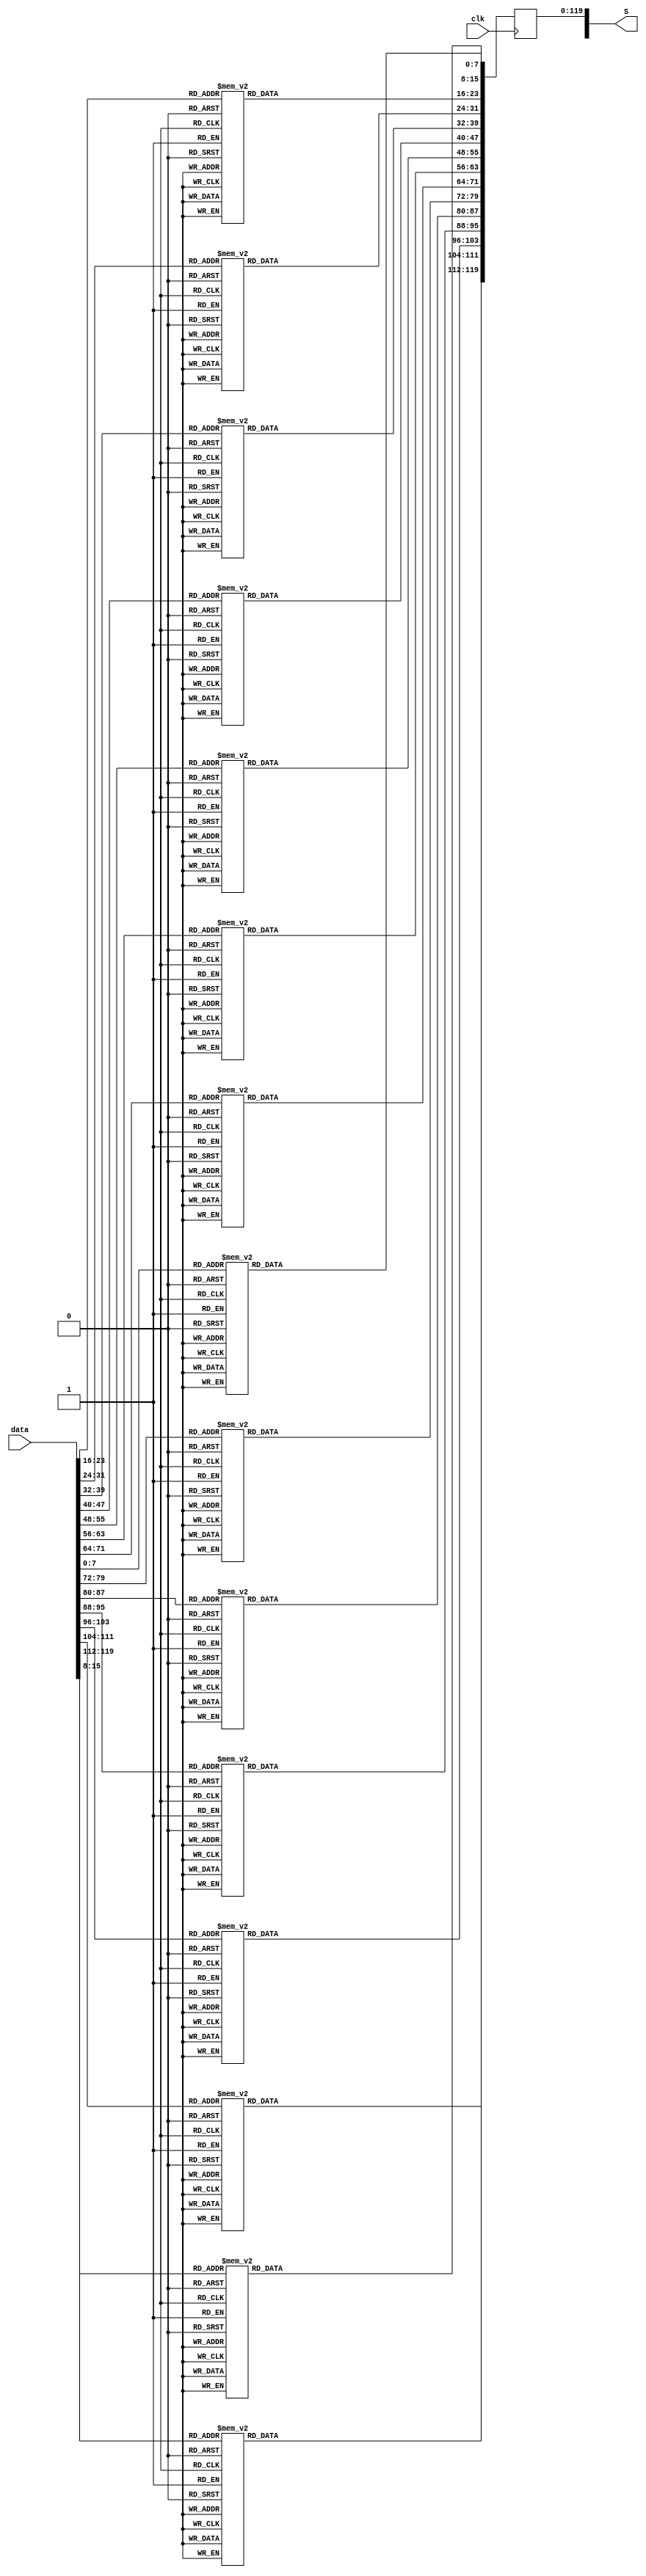
`timescale 1ns / 1ps
//////////////////////////////////////////////////////////////////////////////////
// Company: 
// Engineer: 
// 
// Design Name: 
// Module Name:    Byte_Sub 
// Project Name: 
// Target Devices: 
// Tool versions: 
// Description: 
//
// Dependencies: 
//
// Revision: 
// Revision 0.01 - File Created
// Additional Comments: 
//
//////////////////////////////////////////////////////////////////////////////////
module Byte_Sub( data, S, clk);
	input clk; 
	input [127:0]data;
	output reg [127:0]S;
	integer k;
	 
	always@(posedge clk)
	begin
	for(k = 0; k < 120; k = k+8)
		begin
		case(data[k +: 8])
			8'h00: S[k +: 8] = 8'h63;
			8'h01: S[k +: 8] = 8'h7c;
			8'h02: S[k +: 8] = 8'h77;
         8'h03: S[k +: 8] = 8'h7b;
			8'h04: S[k +: 8] = 8'hf2;
			8'h05: S[k +: 8] = 8'h6b;
			8'h06: S[k +: 8] = 8'h6f;
			8'h07: S[k +: 8] = 8'hc5;
			8'h08: S[k +: 8] = 8'h30;
			8'h09: S[k +: 8] = 8'h01;
			8'h0a: S[k +: 8] = 8'h67;
			8'h0b: S[k +: 8] = 8'h2b;
			8'h0c: S[k +: 8] = 8'hfe;
			8'h0d: S[k +: 8] = 8'hd7;
			8'h0e : S[k +: 8] = 8'hab; 
         8'h0f : S[k +: 8] = 8'h76;
			8'h10 : S[k +: 8] = 8'hca;
			8'h11 : S[k +: 8] = 8'h82;
			8'h12 : S[k +: 8] = 8'hc9;
  8'h13 : S[k +: 8] = 8'h7d;
  8'h14 : S[k +: 8] = 8'hfa;
  8'h15 : S[k +: 8] = 8'h59;
  8'h16 : S[k +: 8] = 8'h47;
  8'h17 : S[k +: 8] = 8'hf0;
  8'h18 : S[k +: 8] = 8'had;
  8'h19 : S[k +: 8] = 8'hd4;
  8'h1a : S[k +: 8] = 8'ha2;
  8'h1b : S[k +: 8] = 8'haf;
  8'h1c : S[k +: 8] = 8'h9c;
  8'h1d : S[k +: 8] = 8'ha4;
  8'h1e : S[k +: 8] = 8'h72;
  8'h1f : S[k +: 8] = 8'hc0;
  8'h20 : S[k +: 8] = 8'hb7;
  8'h21 : S[k +: 8] = 8'hfd;
  8'h22 : S[k +: 8] = 8'h93;
  8'h23 : S[k +: 8] = 8'h26;
  8'h24 : S[k +: 8] = 8'h36;
  8'h25 : S[k +: 8] = 8'h3f;
  8'h26 : S[k +: 8] = 8'hf7;
  8'h27 : S[k +: 8] = 8'hcc;
  8'h28 : S[k +: 8] = 8'h34;
  8'h29 : S[k +: 8] = 8'ha5;
  8'h2a : S[k +: 8] = 8'he5;
  8'h2b : S[k +: 8] = 8'hf1;
  8'h2c : S[k +: 8] = 8'h71;
  8'h2d : S[k +: 8] = 8'hd8;
  8'h2e : S[k +: 8] = 8'h31;
  8'h2f : S[k +: 8] = 8'h15;
  8'h30 : S[k +: 8] = 8'h04;
  8'h31 : S[k +: 8] = 8'hc7;
  8'h32 : S[k +: 8] = 8'h23;
  8'h33 : S[k +: 8] = 8'hc3;
  8'h34 : S[k +: 8] = 8'h18;
  8'h35 : S[k +: 8] = 8'h96;
  8'h36 : S[k +: 8] = 8'h05;
  8'h37 : S[k +: 8] = 8'h9a;
  8'h38 : S[k +: 8] = 8'h07;
  8'h39 : S[k +: 8] = 8'h12;
  8'h3a : S[k +: 8] = 8'h80;
  8'h3b : S[k +: 8] = 8'he2;
  8'h3c : S[k +: 8] = 8'heb;
  8'h3d : S[k +: 8] = 8'h27;
  8'h3e : S[k +: 8] = 8'hb2;
  8'h3f : S[k +: 8] = 8'h75;
  8'h40 : S[k +: 8] = 8'h09;
  8'h41 : S[k +: 8] = 8'h83;
  8'h42 : S[k +: 8] = 8'h2c;
  8'h43 : S[k +: 8] = 8'h1a;
  8'h44 : S[k +: 8] = 8'h1b;
  8'h45 : S[k +: 8] = 8'h6e;
  8'h46 : S[k +: 8] = 8'h5a;
  8'h47 : S[k +: 8] = 8'ha0;
  8'h48 : S[k +: 8] = 8'h52;
  8'h49 : S[k +: 8] = 8'h3b;
  8'h4a : S[k +: 8] = 8'hd6;
  8'h4b : S[k +: 8] = 8'hb3;
  8'h4c : S[k +: 8] = 8'h29;
  8'h4d : S[k +: 8] = 8'he3;
  8'h4e : S[k +: 8] = 8'h2f;
  8'h4f : S[k +: 8] = 8'h84;
  8'h50 : S[k +: 8] = 8'h53;
  8'h51 : S[k +: 8] = 8'hd1;
  8'h52 : S[k +: 8] = 8'h00;
  8'h53 : S[k +: 8] = 8'hed;
  8'h54 : S[k +: 8] = 8'h20;
  8'h55 : S[k +: 8] = 8'hfc;
  8'h56 : S[k +: 8] = 8'hb1;
  8'h57 : S[k +: 8] = 8'h5b;
  8'h58 : S[k +: 8] = 8'h6a;
  8'h59 : S[k +: 8] = 8'hcb;
  8'h5a : S[k +: 8] = 8'hbe;
  8'h5b : S[k +: 8] = 8'h39;
  8'h5c : S[k +: 8] = 8'h4a;
  8'h5d : S[k +: 8] = 8'h4c;
  8'h5e : S[k +: 8] = 8'h58;
  8'h5f : S[k +: 8] = 8'hcf;
  8'h60 : S[k +: 8] = 8'hd0;
  8'h61 : S[k +: 8] = 8'hef;
  8'h62 : S[k +: 8] = 8'haa;
  8'h63 : S[k +: 8] = 8'hfb;
  8'h64 : S[k +: 8] = 8'h43;
  8'h65 : S[k +: 8] = 8'h4d;
  8'h66 : S[k +: 8] = 8'h33;
  8'h67 : S[k +: 8] = 8'h85;
  8'h68 : S[k +: 8] = 8'h45;
  8'h69 : S[k +: 8] = 8'hf9;
  8'h6a : S[k +: 8] = 8'h02;
  8'h6b : S[k +: 8] = 8'h7f;
  8'h6c : S[k +: 8] = 8'h50;
  8'h6d : S[k +: 8] = 8'h3c;
  8'h6e : S[k +: 8] = 8'h9f;
  8'h6f : S[k +: 8] = 8'ha8;
  8'h70 : S[k +: 8] = 8'h51;
  8'h71 : S[k +: 8] = 8'ha3;
  8'h72 : S[k +: 8] = 8'h40;
  8'h73 : S[k +: 8] = 8'h8f;
  8'h74 : S[k +: 8] = 8'h92;
  8'h75 : S[k +: 8] = 8'h9d;
  8'h76 : S[k +: 8] = 8'h38;
  8'h77 : S[k +: 8] = 8'hf5;
  8'h78 : S[k +: 8] = 8'hbc;
  8'h79 : S[k +: 8] = 8'hb6;
  8'h7a : S[k +: 8] = 8'hda;
  8'h7b : S[k +: 8] = 8'h21;
  8'h7c : S[k +: 8] = 8'h10;
  8'h7d : S[k +: 8] = 8'hff;
  8'h7e : S[k +: 8] = 8'hf3;
  8'h7f : S[k +: 8] = 8'hd2;
  8'h80 : S[k +: 8] = 8'hcd;
  8'h81 : S[k +: 8] = 8'h0c;
  8'h82 : S[k +: 8] = 8'h13;
  8'h83 : S[k +: 8] = 8'hec;
  8'h84 : S[k +: 8] = 8'h5f;
  8'h85 : S[k +: 8] = 8'h97;
  8'h86 : S[k +: 8] = 8'h44;
  8'h87 : S[k +: 8] = 8'h17;
  8'h88 : S[k +: 8] = 8'hc4;
  8'h89 : S[k +: 8] = 8'ha7;
  8'h8a : S[k +: 8] = 8'h7e;
  8'h8b : S[k +: 8] = 8'h3d;
  8'h8c : S[k +: 8] = 8'h64;
  8'h8d : S[k +: 8] = 8'h5d;
  8'h8e : S[k +: 8] = 8'h19;
  8'h8f : S[k +: 8] = 8'h73;
  8'h90 : S[k +: 8] = 8'h60;
  8'h91 : S[k +: 8] = 8'h81;
  8'h92 : S[k +: 8] = 8'h4f;
  8'h93 : S[k +: 8] = 8'hdc;
  8'h94 : S[k +: 8] = 8'h22;
  8'h95 : S[k +: 8] = 8'h2a;
  8'h96 : S[k +: 8] = 8'h90;
  8'h97 : S[k +: 8] = 8'h88;
  8'h98 : S[k +: 8] = 8'h46;
  8'h99 : S[k +: 8] = 8'hee;
  8'h9a : S[k +: 8] = 8'hb8;
  8'h9b : S[k +: 8] = 8'h14;
  8'h9c : S[k +: 8] = 8'hde;
  8'h9d : S[k +: 8] = 8'h5e;
  8'h9e : S[k +: 8] = 8'h0b;
  8'h9f : S[k +: 8] = 8'hdb;
  8'ha0 : S[k +: 8] = 8'he0;
  8'ha1 : S[k +: 8] = 8'h32;
  8'ha2 : S[k +: 8] = 8'h3a;
  8'ha3 : S[k +: 8] = 8'h0a;
  8'ha4 : S[k +: 8] = 8'h49;
			8'ha5 : S[k +: 8] = 8'h06;
			8'ha6 : S[k +: 8] = 8'h24;
			8'ha7 : S[k +: 8] = 8'h5c;
			8'ha8 : S[k +: 8] = 8'hc2;
			8'ha9 : S[k +: 8] = 8'hd3;
			8'haa : S[k +: 8] = 8'hac;
			8'hab : S[k +: 8] = 8'h62;
			8'hac : S[k +: 8] = 8'h91;
			8'had : S[k +: 8] = 8'h95;
			8'hae : S[k +: 8] = 8'he4;
			8'haf : S[k +: 8] = 8'h79;
			8'hb0 : S[k +: 8] = 8'he7;
			8'hb1 : S[k +: 8] = 8'hc8;
			8'hb2 : S[k +: 8] = 8'h37;
			8'hb3 : S[k +: 8] = 8'h6d;
			8'hb4 : S[k +: 8] = 8'h8d;
			8'hb5 : S[k +: 8] = 8'hd5;
			8'hb6 : S[k +: 8] = 8'h4e;
  			8'hb7 : S[k +: 8] = 8'ha9;
			8'hb8 : S[k +: 8] = 8'h6c;
			8'hb9 : S[k +: 8] = 8'h56;
			8'hba : S[k +: 8] = 8'hf4;
			8'hbb : S[k +: 8] = 8'hea;
			8'hbc : S[k +: 8] = 8'h65;
			8'hbd : S[k +: 8] = 8'h7a;
			8'hbe : S[k +: 8] = 8'hae;
			8'hbf : S[k +: 8] = 8'h08;
			8'hc0 : S[k +: 8] = 8'hba;
			8'hc1 : S[k +: 8] = 8'h78;
			8'hc2 : S[k +: 8] = 8'h25;
			8'hc3 : S[k +: 8] = 8'h2e;
			8'hc4 : S[k +: 8] = 8'h1c;
			8'hc5 : S[k +: 8] = 8'ha6;
			8'hc6 : S[k +: 8] = 8'hb4;
			8'hc7 : S[k +: 8] = 8'hc6;
			8'hc8 : S[k +: 8] = 8'he8;
			8'hc9 : S[k +: 8] = 8'hdd;
			8'hca : S[k +: 8] = 8'h74;
			8'hcb : S[k +: 8] = 8'h1f;
			8'hcc : S[k +: 8] = 8'h4b;
			8'hcd : S[k +: 8] = 8'hbd;
			8'hce : S[k +: 8] = 8'h8b;
			8'hcf : S[k +: 8] = 8'h8a;
			8'hd0 : S[k +: 8] = 8'h70;
			8'hd1 : S[k +: 8] = 8'h3e;
			8'hd2 : S[k +: 8] = 8'hb5;
			8'hd3 : S[k +: 8] = 8'h66;
			8'hd4 : S[k +: 8] = 8'h48;
			8'hd5 : S[k +: 8] = 8'h03;
			8'hd6 : S[k +: 8] = 8'hf6;
			8'hd7 : S[k +: 8] = 8'h0e;
			8'hd8 : S[k +: 8] = 8'h61;
			8'hd9 : S[k +: 8] = 8'h35;
			8'hda : S[k +: 8] = 8'h57;
			8'hdb : S[k +: 8] = 8'hb9;
			8'hdc : S[k +: 8] = 8'h86;
			8'hdd : S[k +: 8] = 8'hc1;
			8'hde : S[k +: 8] = 8'h1d;
			8'hdf : S[k +: 8] = 8'h9e;
			8'he0 : S[k +: 8] = 8'he1;
			8'he1 : S[k +: 8] = 8'hf8;
			8'he2 : S[k +: 8] = 8'h98;
			8'he3 : S[k +: 8] = 8'h11;
			8'he4 : S[k +: 8] = 8'h69;
			8'he5 : S[k +: 8] = 8'hd9;
			8'he6 : S[k +: 8] = 8'h8e;
			8'he7 : S[k +: 8] = 8'h94;
			8'he8 : S[k +: 8] = 8'h9b;
			8'he9 : S[k +: 8] = 8'h1e;
			8'hea : S[k +: 8] = 8'h87;
			8'heb : S[k +: 8] = 8'he9;
			8'hec : S[k +: 8] = 8'hce;
			8'hed : S[k +: 8] = 8'h55;
			8'hee : S[k +: 8] = 8'h28;
			8'hef : S[k +: 8] = 8'hdf;
			8'hf0 : S[k +: 8] = 8'h8c;
			8'hf1 : S[k +: 8] = 8'ha1;
			8'hf2 : S[k +: 8] = 8'h89;
			8'hf3 : S[k +: 8] = 8'h0d;
			8'hf4 : S[k +: 8] = 8'hbf;
			8'hf5 : S[k +: 8] = 8'he6;
			8'hf6 : S[k +: 8] = 8'h42;
			8'hf7 : S[k +: 8] = 8'h68;
			8'hf8 : S[k +: 8] = 8'h41;
			8'hf9 : S[k +: 8] = 8'h99;
			8'hfa : S[k +: 8] = 8'h2d;
			8'hfb : S[k +: 8] = 8'h0f;
			8'hfc : S[k +: 8] = 8'hb0;
			8'hfd : S[k +: 8] = 8'h54;
			8'hfe : S[k +: 8] = 8'hbb;
			8'hff : S[k +: 8] = 8'h16;
		endcase
		end
		end

endmodule